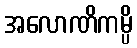
အလောဏိကမ္ပိ